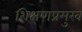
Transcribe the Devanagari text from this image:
शिक्षणप्रमुख